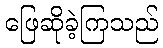
ဖြေဆိုခဲ့ကြသည်